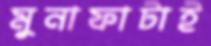
মুনাফাটাই